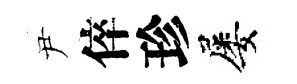
尹倅珍屡